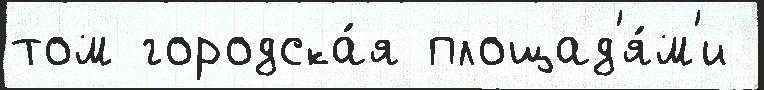
том городска́я площад'я́м'и